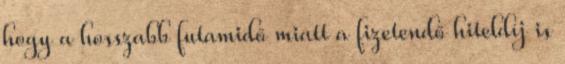
hogy a hosszabb futamidő miatt a fizetendő hiteldíj is